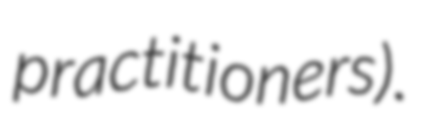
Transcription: practitioners).